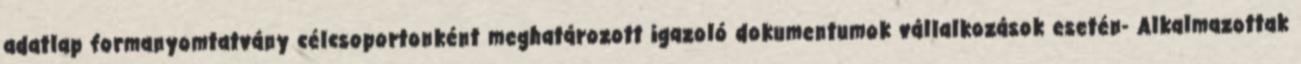
adatlap formanyomtatvány célcsoportonként meghatározott igazoló dokumentumok vállalkozások esetén- Alkalmazottak